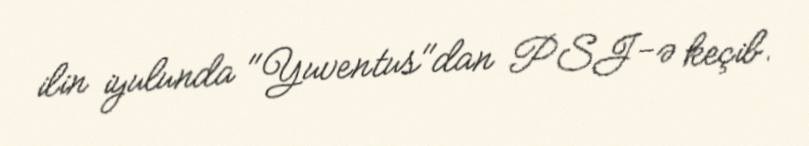
ilin iyulunda "Yuventus"dan PSJ-ə keçib.